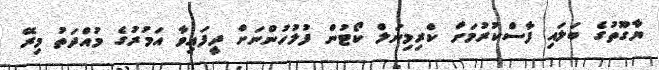
ޔާގޫތުގެ ބަލައި ފާސްކުރުމަށް ކްރިމިނަލް ކޯޓުން ފުލުހުންނަށް ދީފައިވާ އަމުރުގެ މުއްދަތު މިރޭ